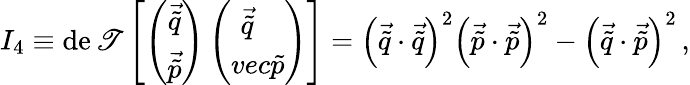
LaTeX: I_{4}\equiv\operatorname*{de\mathscr{T}}\left[\left(\begin{array}{c}{{\vec{\tilde{q}}}}\\ {{\vec{\tilde{p}}}}\end{array}\right)\left(\begin{array}{cc}{{\vec{\tilde{q}}\ \ \ }}\\ {{vec{\tilde{p}}}}\end{array}\right)\right]=\left(\vec{{\tilde{{q}}}}\cdot\vec{{\tilde{{q}}}}\right)^{2}\left(\vec{{\tilde{{p}}}}\cdot\vec{{\tilde{{p}}}}\right)^{2}-\left(\vec{{\tilde{{q}}}}\cdot\vec{{\tilde{{p}}}}\right)^{2}\, ,